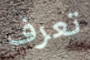
تعرف